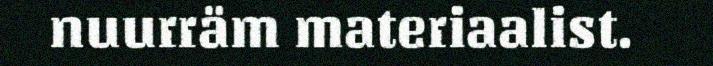
nuurräm materiaalist.